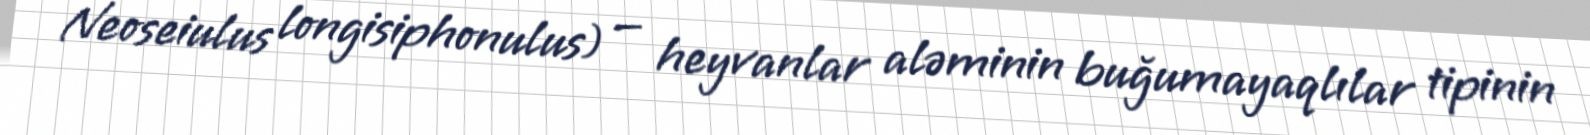
Neoseiulus longisiphonulus) — heyvanlar aləminin buğumayaqlılar tipinin